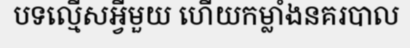
បទល្មើសអ្វីមួយ ហើយកម្លាំងនគរបាល